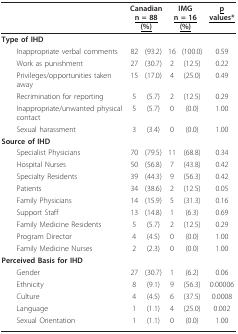
|  | <COLSPAN=2> Canadian<underline>n = 88 (%)</underline> | <COLSPAN=2> IMG<underline>n = 16 (%)</underline> | <underline>p values*</underline> |
 | --- | --- | --- | --- | --- | --- |
 | Type of IHD |  |  |  |  |  |
 | Inappropriate verbal comments | 82 | (93.2) | 16 | (100.0) | 0.59 |
 | Work as punishment | 27 | (30.7) | 2 | (12.5) | 0.22 |
 | Privileges/opportunities taken away | 15 | (17.0) | 4 | (25.0) | 0.49 |
 | Recrimination for reporting | 5 | (5.7) | 2 | (12.5) | 0.29 |
 | Inappropriate/unwanted physical contact | 5 | (5.7) | 0 | (0.0) | 1.00 |
 | Sexual harassment | 3 | (3.4) | 0 | (0.0) | 1.00 |
 | Source of IHD |  |  |  |  |  |
 | Specialist Physicians | 70 | (79.5) | 11 | (68.8) | 0.34 |
 | Hospital Nurses | 50 | (56.8) | 7 | (43.8) | 0.42 |
 | Specialty Residents | 39 | (44.3) | 9 | (56.3) | 0.42 |
 | Patients | 34 | (38.6) | 2 | (12.5) | 0.05 |
 | Family Physicians | 14 | (15.9) | 5 | (31.3) | 0.16 |
 | Support Staff | 13 | (14.8) | 1 | (6.3) | 0.69 |
 | Family Medicine Residents | 5 | (5.7) | 2 | (12.5) | 0.29 |
 | Program Director | 4 | (4.5) | 0 | (0.0) | 1.00 |
 | Family Medicine Nurses | 2 | (2.3) | 0 | (0.0) | 1.00 |
 | Perceived Basis for IHD |  |  |  |  |  |
 | Gender | 27 | (30.7) | 1 | (6.2) | 0.06 |
 | Ethnicity | 8 | (9.1) | 9 | (56.3) | 0.00006 |
 | Culture | 4 | (4.5) | 6 | (37.5) | 0.0008 |
 | Language | 1 | (1.1) | 4 | (25.0) | 0.002 |
 | Sexual Orientation | 1 | (1.1) | 0 | (0.0) | 1.00 |